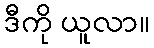
ဒီကို ယူလာ။